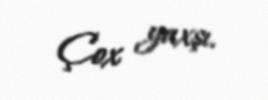
Çox yaxşı.